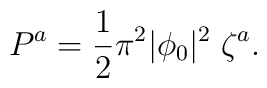
P^a =  {1\over2} \pi^2 |\phi_0|^2 \; \zeta^a.